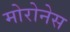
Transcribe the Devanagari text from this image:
मोरोनेस